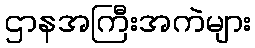
ဌာနအကြီးအကဲများ